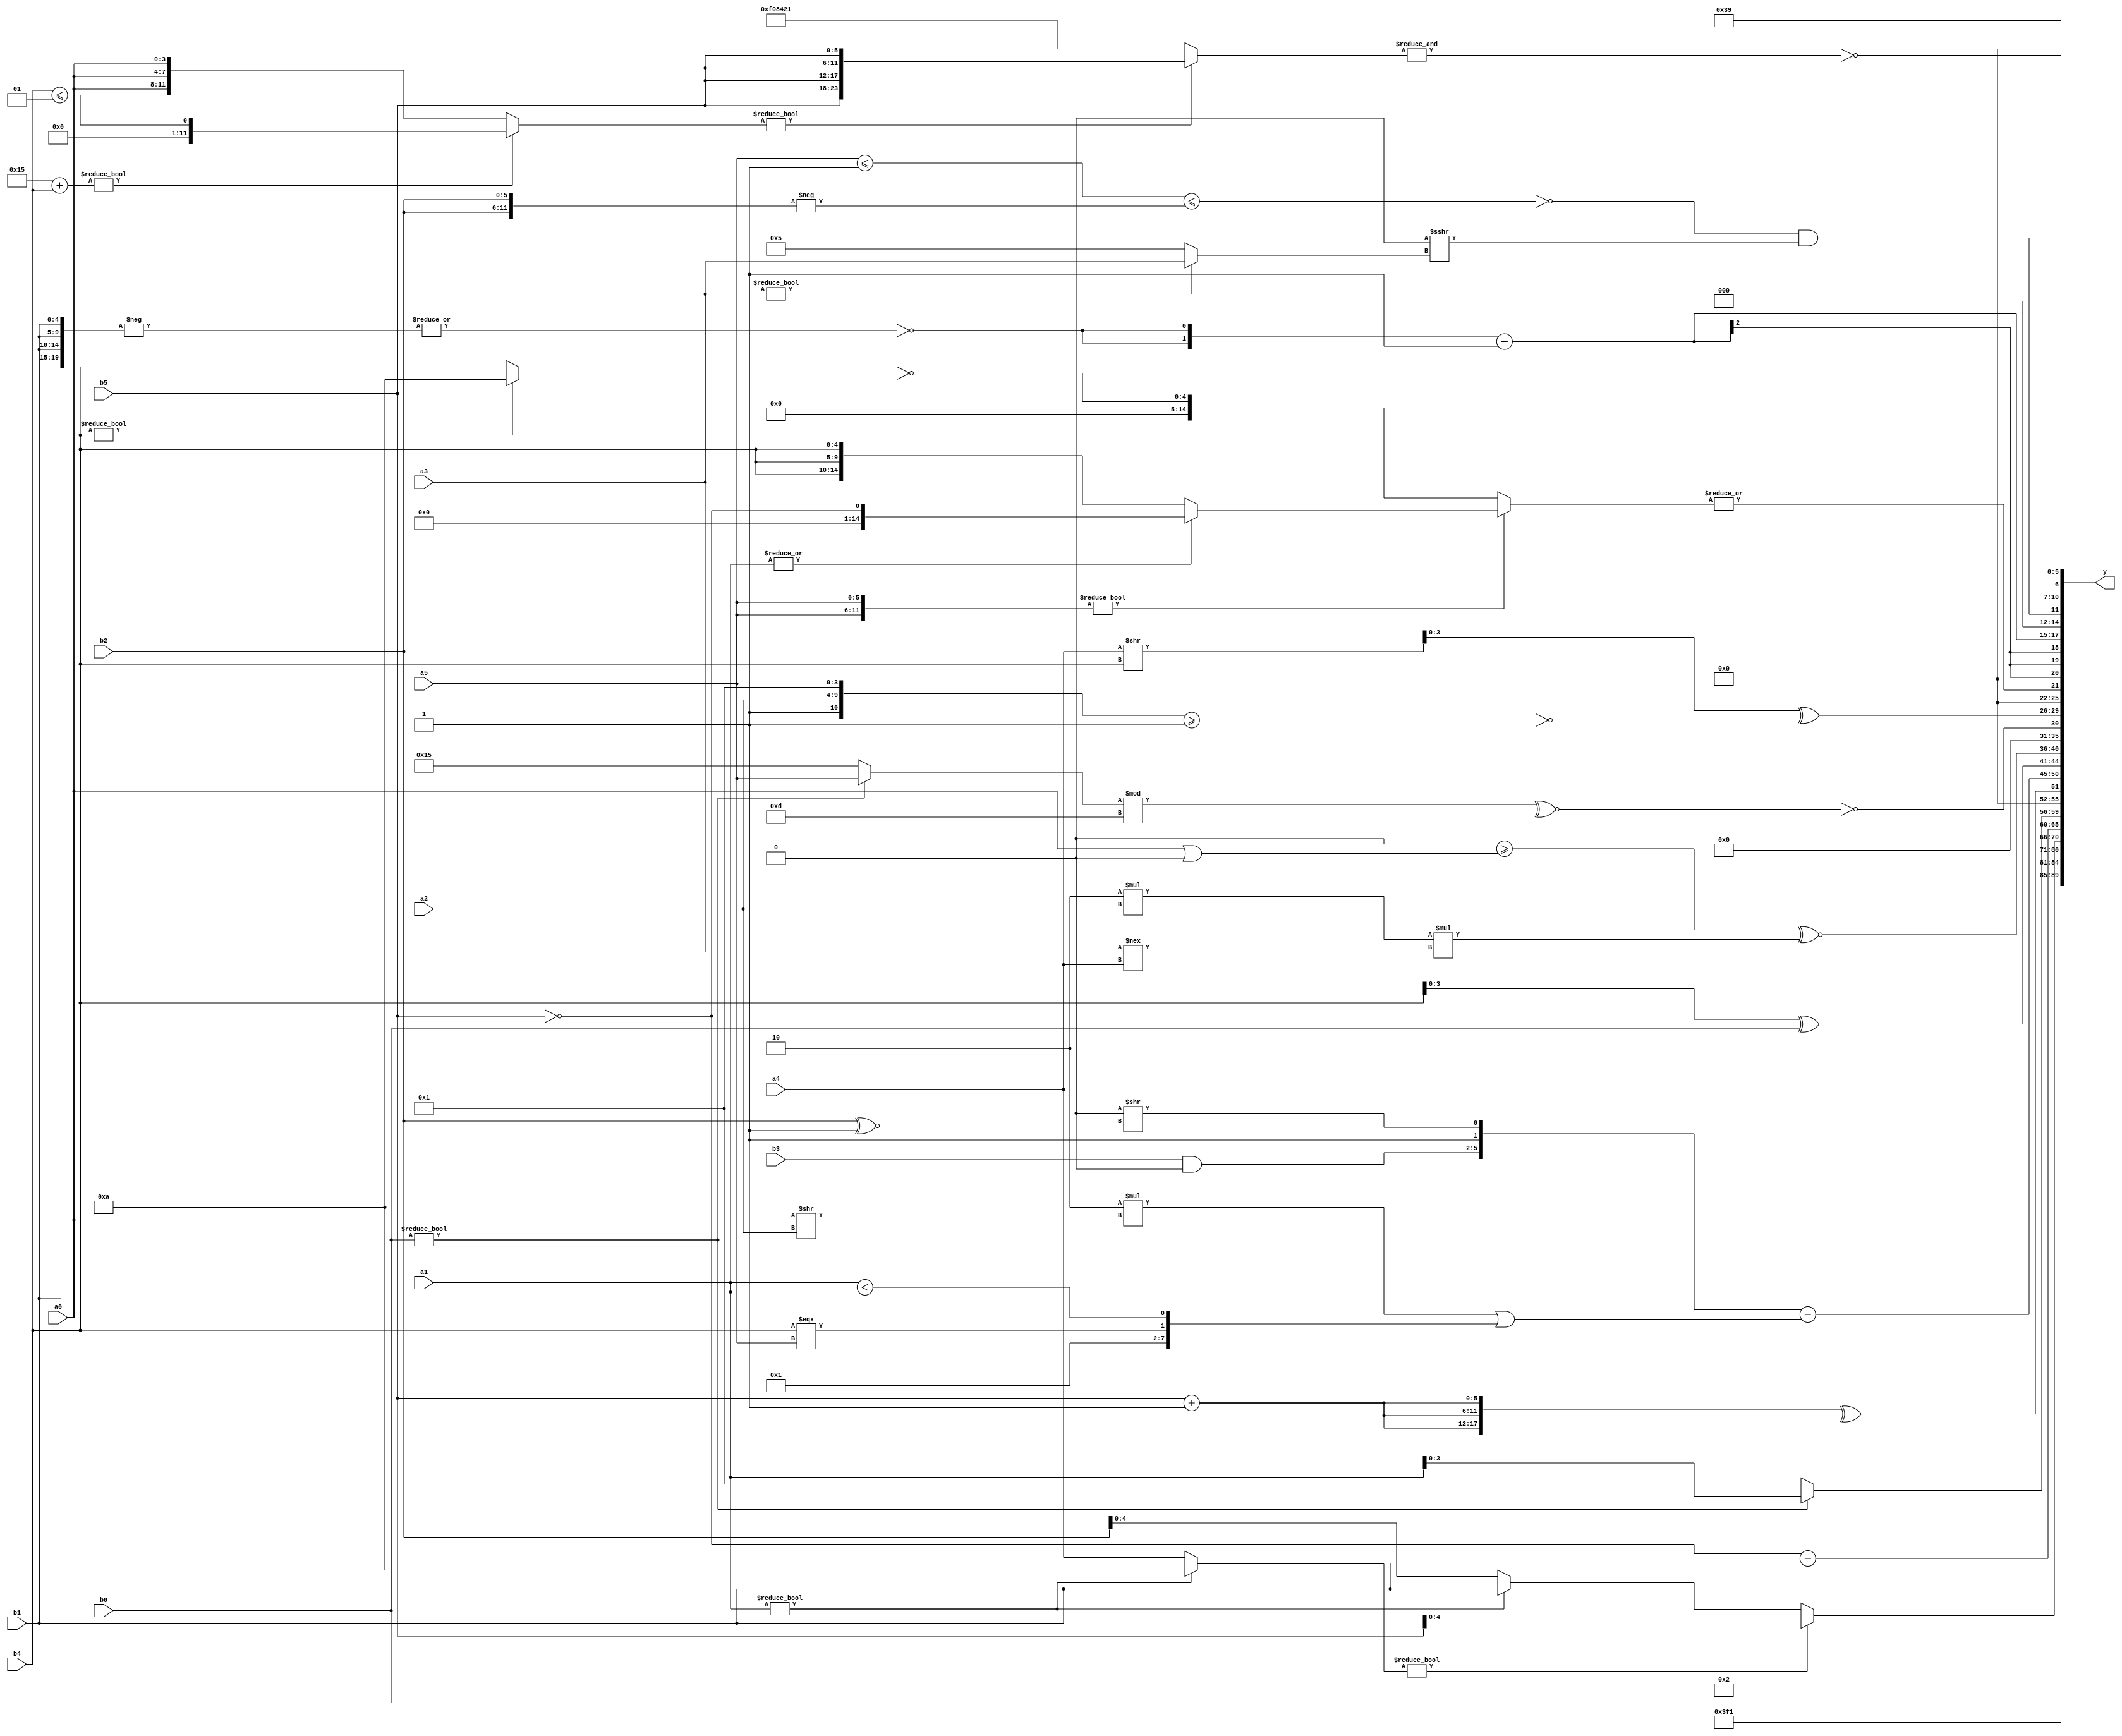
module expression_00726(a0, a1, a2, a3, a4, a5, b0, b1, b2, b3, b4, b5, y);
  input [3:0] a0;
  input [4:0] a1;
  input [5:0] a2;
  input signed [3:0] a3;
  input signed [4:0] a4;
  input signed [5:0] a5;

  input [3:0] b0;
  input [4:0] b1;
  input [5:0] b2;
  input signed [3:0] b3;
  input signed [4:0] b4;
  input signed [5:0] b5;

  wire [3:0] y0;
  wire [4:0] y1;
  wire [5:0] y2;
  wire signed [3:0] y3;
  wire signed [4:0] y4;
  wire signed [5:0] y5;
  wire [3:0] y6;
  wire [4:0] y7;
  wire [5:0] y8;
  wire signed [3:0] y9;
  wire signed [4:0] y10;
  wire signed [5:0] y11;
  wire [3:0] y12;
  wire [4:0] y13;
  wire [5:0] y14;
  wire signed [3:0] y15;
  wire signed [4:0] y16;
  wire signed [5:0] y17;

  output [89:0] y;
  assign y = {y0,y1,y2,y3,y4,y5,y6,y7,y8,y9,y10,y11,y12,y13,y14,y15,y16,y17};

  localparam [3:0] p0 = {3{(-3'sd3)}};
  localparam [4:0] p1 = (((3'd1)<<(-2'sd0))>=((3'd2)<<<(-3'sd1)));
  localparam [5:0] p2 = {({(2'sd0)}||((4'd3)?(5'd18):(-4'sd1))),(-{3{(3'sd1)}}),((-(3'd2))<((5'd14)===(3'd1)))};
  localparam signed [3:0] p3 = ({4{((4'd14)?(3'sd1):(-2'sd1))}}!=(4'd2 * (^((3'd5)?(2'd0):(3'd0)))));
  localparam signed [4:0] p4 = {(((3'sd0)<(-5'sd12))<<<(4'd8)),{(-2'sd0),(-2'sd1),(4'd13)},(-((-4'sd4)^~(5'sd8)))};
  localparam signed [5:0] p5 = ((5'd27)>>(2'd3));
  localparam [3:0] p6 = (((4'd11)?(5'd9):(-3'sd3))>>>((-5'sd1)>=(3'd0)));
  localparam [4:0] p7 = (5'd10);
  localparam [5:0] p8 = ((4'd6)-(2'd1));
  localparam signed [3:0] p9 = (((4'sd0)<(5'd29))|((2'sd1)>=(4'sd1)));
  localparam signed [4:0] p10 = (~|{(4'd10)});
  localparam signed [5:0] p11 = (({(2'sd0),(-4'sd0),(3'd6)}=={1{(4'd12)}})!==(((4'd7)+(5'sd14))+{2{(2'd3)}}));
  localparam [3:0] p12 = (~&(((^(3'sd0))*((5'd3)*(3'd7)))>=(~|(^(2'sd0)))));
  localparam [4:0] p13 = {4{{(4'd5),(4'd14)}}};
  localparam [5:0] p14 = (({(4'sd7),(2'sd1)}?{(4'sd6),(-2'sd0),(2'sd1)}:((5'sd12)<(-4'sd2)))&&({(-5'sd12),(-5'sd11),(2'sd1)}!==((3'sd3)^~(2'sd0))));
  localparam signed [3:0] p15 = {1{((4'd8)<={2{((2'd0)||(5'd3))}})}};
  localparam signed [4:0] p16 = (((4'sd0)&(4'd2))+((2'sd0)!=(2'sd1)));
  localparam signed [5:0] p17 = (((5'd2 * (4'd2))===((4'd9)>=(2'd3)))<<<((4'd6)?(-5'sd15):(-5'sd7)));

  assign y0 = (p14|p17);
  assign y1 = {1{{{1{{(!(b0?p5:b5)),(p13?b0:b2)}}}}}};
  assign y2 = {(~{p13,p6,p15}),(-{p1})};
  assign y3 = {(^({p2,p10,p7}||(3'sd3)))};
  assign y4 = ((a1?p7:a4)?(p14?b5:b5):(a1?b1:b2));
  assign y5 = (+((((!p16)==(b5))-$signed((+$unsigned(b1))))));
  assign y6 = {3{$unsigned((b0?a1:p3))}};
  assign y7 = (^{3{(b5+p14)}});
  assign y8 = ({{(p10^~p5),(b3&p15),(p0<p4)},{((p10>=p6)>>(b2^~p14))}}-((5'd2 * (a0>>a2))||{(p12&p8),(b4===a5),(a1<a1)}));
  assign y9 = {2{$unsigned(((p14?p15:p3)?(p10&&p16):(b4^b0)))}};
  assign y10 = (((3'sd0)>=((a0)|(-5'sd0)))^~((4'd2 * a2)*(a3!==a4)));
  assign y11 = (!(~^((b0?a5:p4)%p0)));
  assign y12 = ({(b0?p0:a1),{a5,a5,a0},(a4>>b4)}^(~|$signed(({p12,a2,p12}>=(p12?p3:p11)))));
  assign y13 = (~^(~|({2{(a4?a5:a5)}}?((|a1)?(!b5):{3{b4}}):{1{(~(b4?p7:b4))}})));
  assign y14 = ({2{(~|(-{4{b1}}))}}-(|{3{(p3^~p15)}}));
  assign y15 = {{1{((~^(((p9!=p14)^(a5<=p14))<={1{(-{2{b2}})}}))&&(+(((b4!=b4)&&(^a3))>>>(a3?a3:p8))))}}};
  assign y16 = (~&(|(&(((p4+b4)?(b4<=p16):{3{a0}})?{2{{2{b5}}}}:(~{4{p13}})))));
  assign y17 = {(2'd2),(5'd28),(p1&&p0)};
endmodule